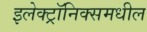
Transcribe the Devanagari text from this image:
इलेक्ट्रॉनिक्समधील